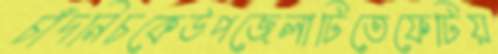
চাঁদনিচকেউপজেলাটিতেফেটিয়